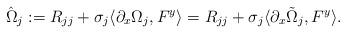
LaTeX: \begin{align*}\hat{\Omega}_j:=R_{jj}+\sigma_j\langle\partial_x\Omega_j,F^y\rangle=R_{jj}+\sigma_j\langle\partial_x\tilde{\Omega}_j,F^y\rangle.\end{align*}